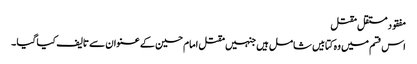
مفقود مستقل مقتل
اس قسم میں وہ کتابیں شامل ہیں جنہیں مقتل امام حسین کے عنوان سے تالیف کیا گیا ۔